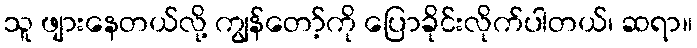
သူ ဖျားနေတယ်လို့ ကျွန်တော့်ကို ပြောခိုင်းလိုက်ပါတယ်၊ ဆရာ။